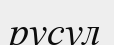
русул